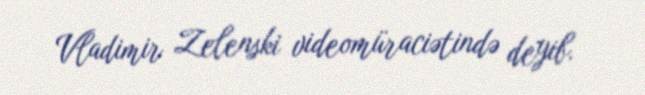
Vladimir Zelenski videomüraciətində deyib.